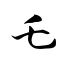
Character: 乇